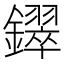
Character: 𫓚